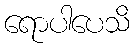
ရောပါပေသိ